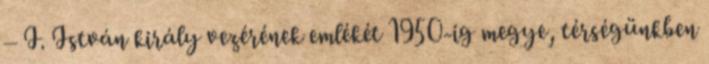
– I. István király vezérének emlékét 1950-ig megye, térségünkben